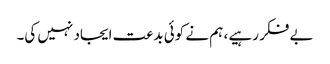
بے فکر رہیے ، ہم نے کوئی بدعت ایجاد نہیں کی۔